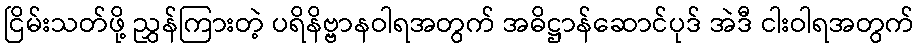
ငြိမ်းသတ်ဖို့ ညွှန်ကြားတဲ့ ပရိနိဗ္ဗာနဝါရအတွက် အဓိဋ္ဌာန်ဆောင်ပုဒ် အဲဒီ ငါးဝါရအတွက်